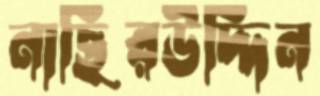
নাছিরউদ্দিন